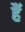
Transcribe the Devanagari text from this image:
हैॅ